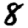
Digit: 8